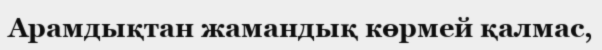
Арамдықтан жамандық көрмей қалмас,